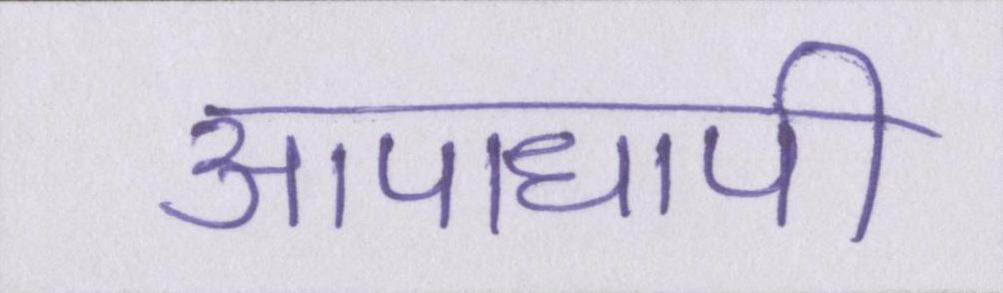
आपाधापी